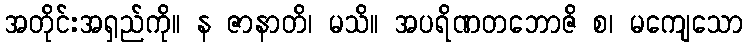
အတိုင်းအရှည်ကို။ န ဇာနာတိ၊ မသိ။ အပရိဏတဘောဇိ စ၊ မကျေသော